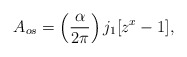
\begin{align*}A_{os} = \left(\frac{\alpha}{2\pi}\right)j_1 [z^x-1],\end{align*}